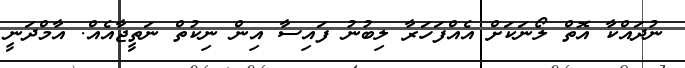
ނުދައްކާ އޮތް ލޯނަކަށް އެއްފަހަރާ ލިބުނު ފައިސާ އިން ނިކުތް ނަތީޖާއެއް. އާމްދަނީ